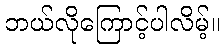
ဘယ်လိုကြောင့်ပါလိမ့်။